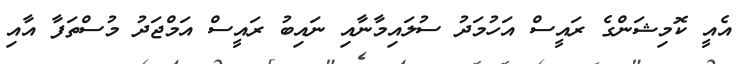
އެއީ ކޮމިޝަންގެ ރައީސް އަހުމަދު ސުލައިމާނާއި ނައިބު ރައީސް އަމްޖަދު މުސްތަފާ އާއި